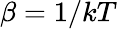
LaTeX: \beta=1/kT